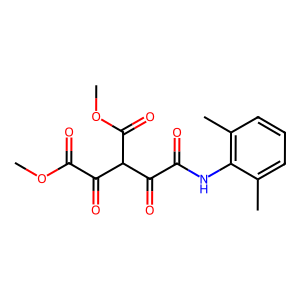
SMILES: COC(=O)C(=O)C(C(=O)OC)C(=O)C(=O)Nc1c(C)cccc1C
Inhibits HIV replication: No